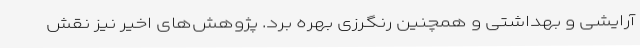
آرایشی و بهداشتی و همچنین رنگرزی بهره برد. پژوهش‌های اخیر نیز نقش